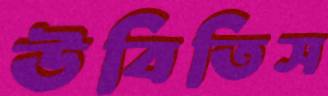
উবিতিস